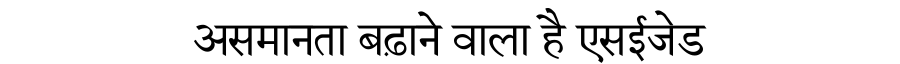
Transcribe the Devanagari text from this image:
असमानता बढ़ाने वाला है एसईजेड